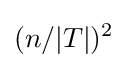
(n/|T|)^{2}